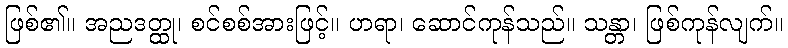
ဖြစ်၏။ အညဒတ္ထု၊ စင်စစ်အားဖြင့်။ ဟရာ၊ ဆောင်ကုန်သည်။ သန္တာ၊ ဖြစ်ကုန်လျက်။